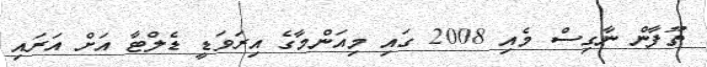
ތޫފާން ނާގިސް މެއި 2008 ގައި މިއަންމާގެ އިރަވަޑީ ޑެލްޓާ އަށް އަރައި